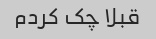
قبلا چک کردم